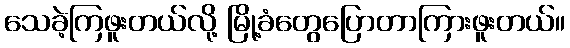
သေခဲ့ကြဖူးတယ်လို့ မြို့ခံတွေပြောတာကြားဖူးတယ်။